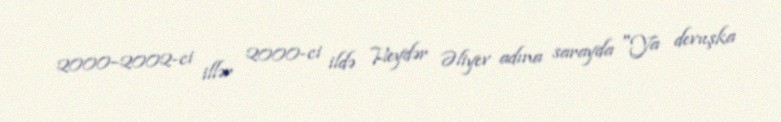
2000–2002-ci illər 2000-ci ildə Heydər Əliyev adına sarayda "Ya devuşka